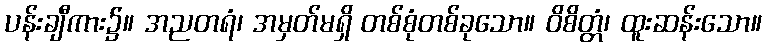
ပန်းချီကား၌။ အညတရံ၊ အမှတ်မရှိ တစ်စုံတစ်ခုသော။ ဝိစိတ္တံ၊ ထူးဆန်းသော။